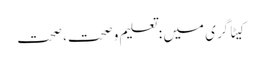
کیٹاگری میں : تعلیم و صحت، صحت